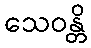
သေဝန္တိ